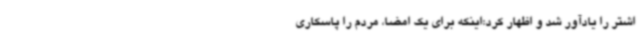
اشتر را یادآور شد و اظهار کرد:اینکه برای یک امضا، مردم را پاسکاری